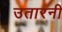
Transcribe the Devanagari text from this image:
उतारनी